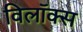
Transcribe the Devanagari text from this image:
विलॉक्स